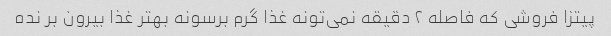
پیتزا فروشی که فاصله ۲ دقیقه نمی‌تونه غذا گرم برسونه بهتر غذا بیرون بر نده